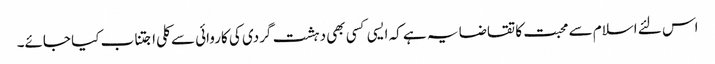
اس لئے اسلام سے محبت کا تقاضا یہ ہے کہ ایسی کسی بھی دہشت گردی کی کاروائی سے کلی اجتناب کیا جائے۔